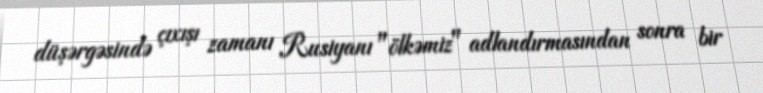
düşərgəsində çıxışı zamanı Rusiyanı "ölkəmiz" adlandırmasından sonra bir